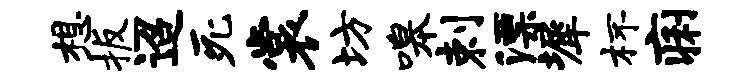
想扳迢死裳坊嗥剌漂墀杯痢